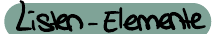
Listen-Elemente